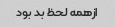
ازهمه لحظ بد بود